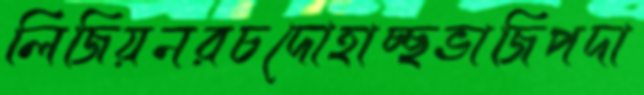
লিজিয়নরচদোহাচ্ছভাজিপদা